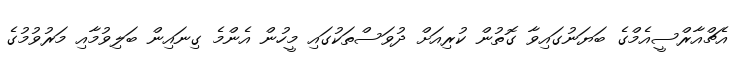
އެޗްއާރްސީއެމްގެ ބަޔަނުގައިވާ ގޮތުން ކުރިއަށް ދުވަސްތަކުގައި މީހުން އެންމެ ގިނައިން ބަލިވުމާއި މަރުވުމުގެ